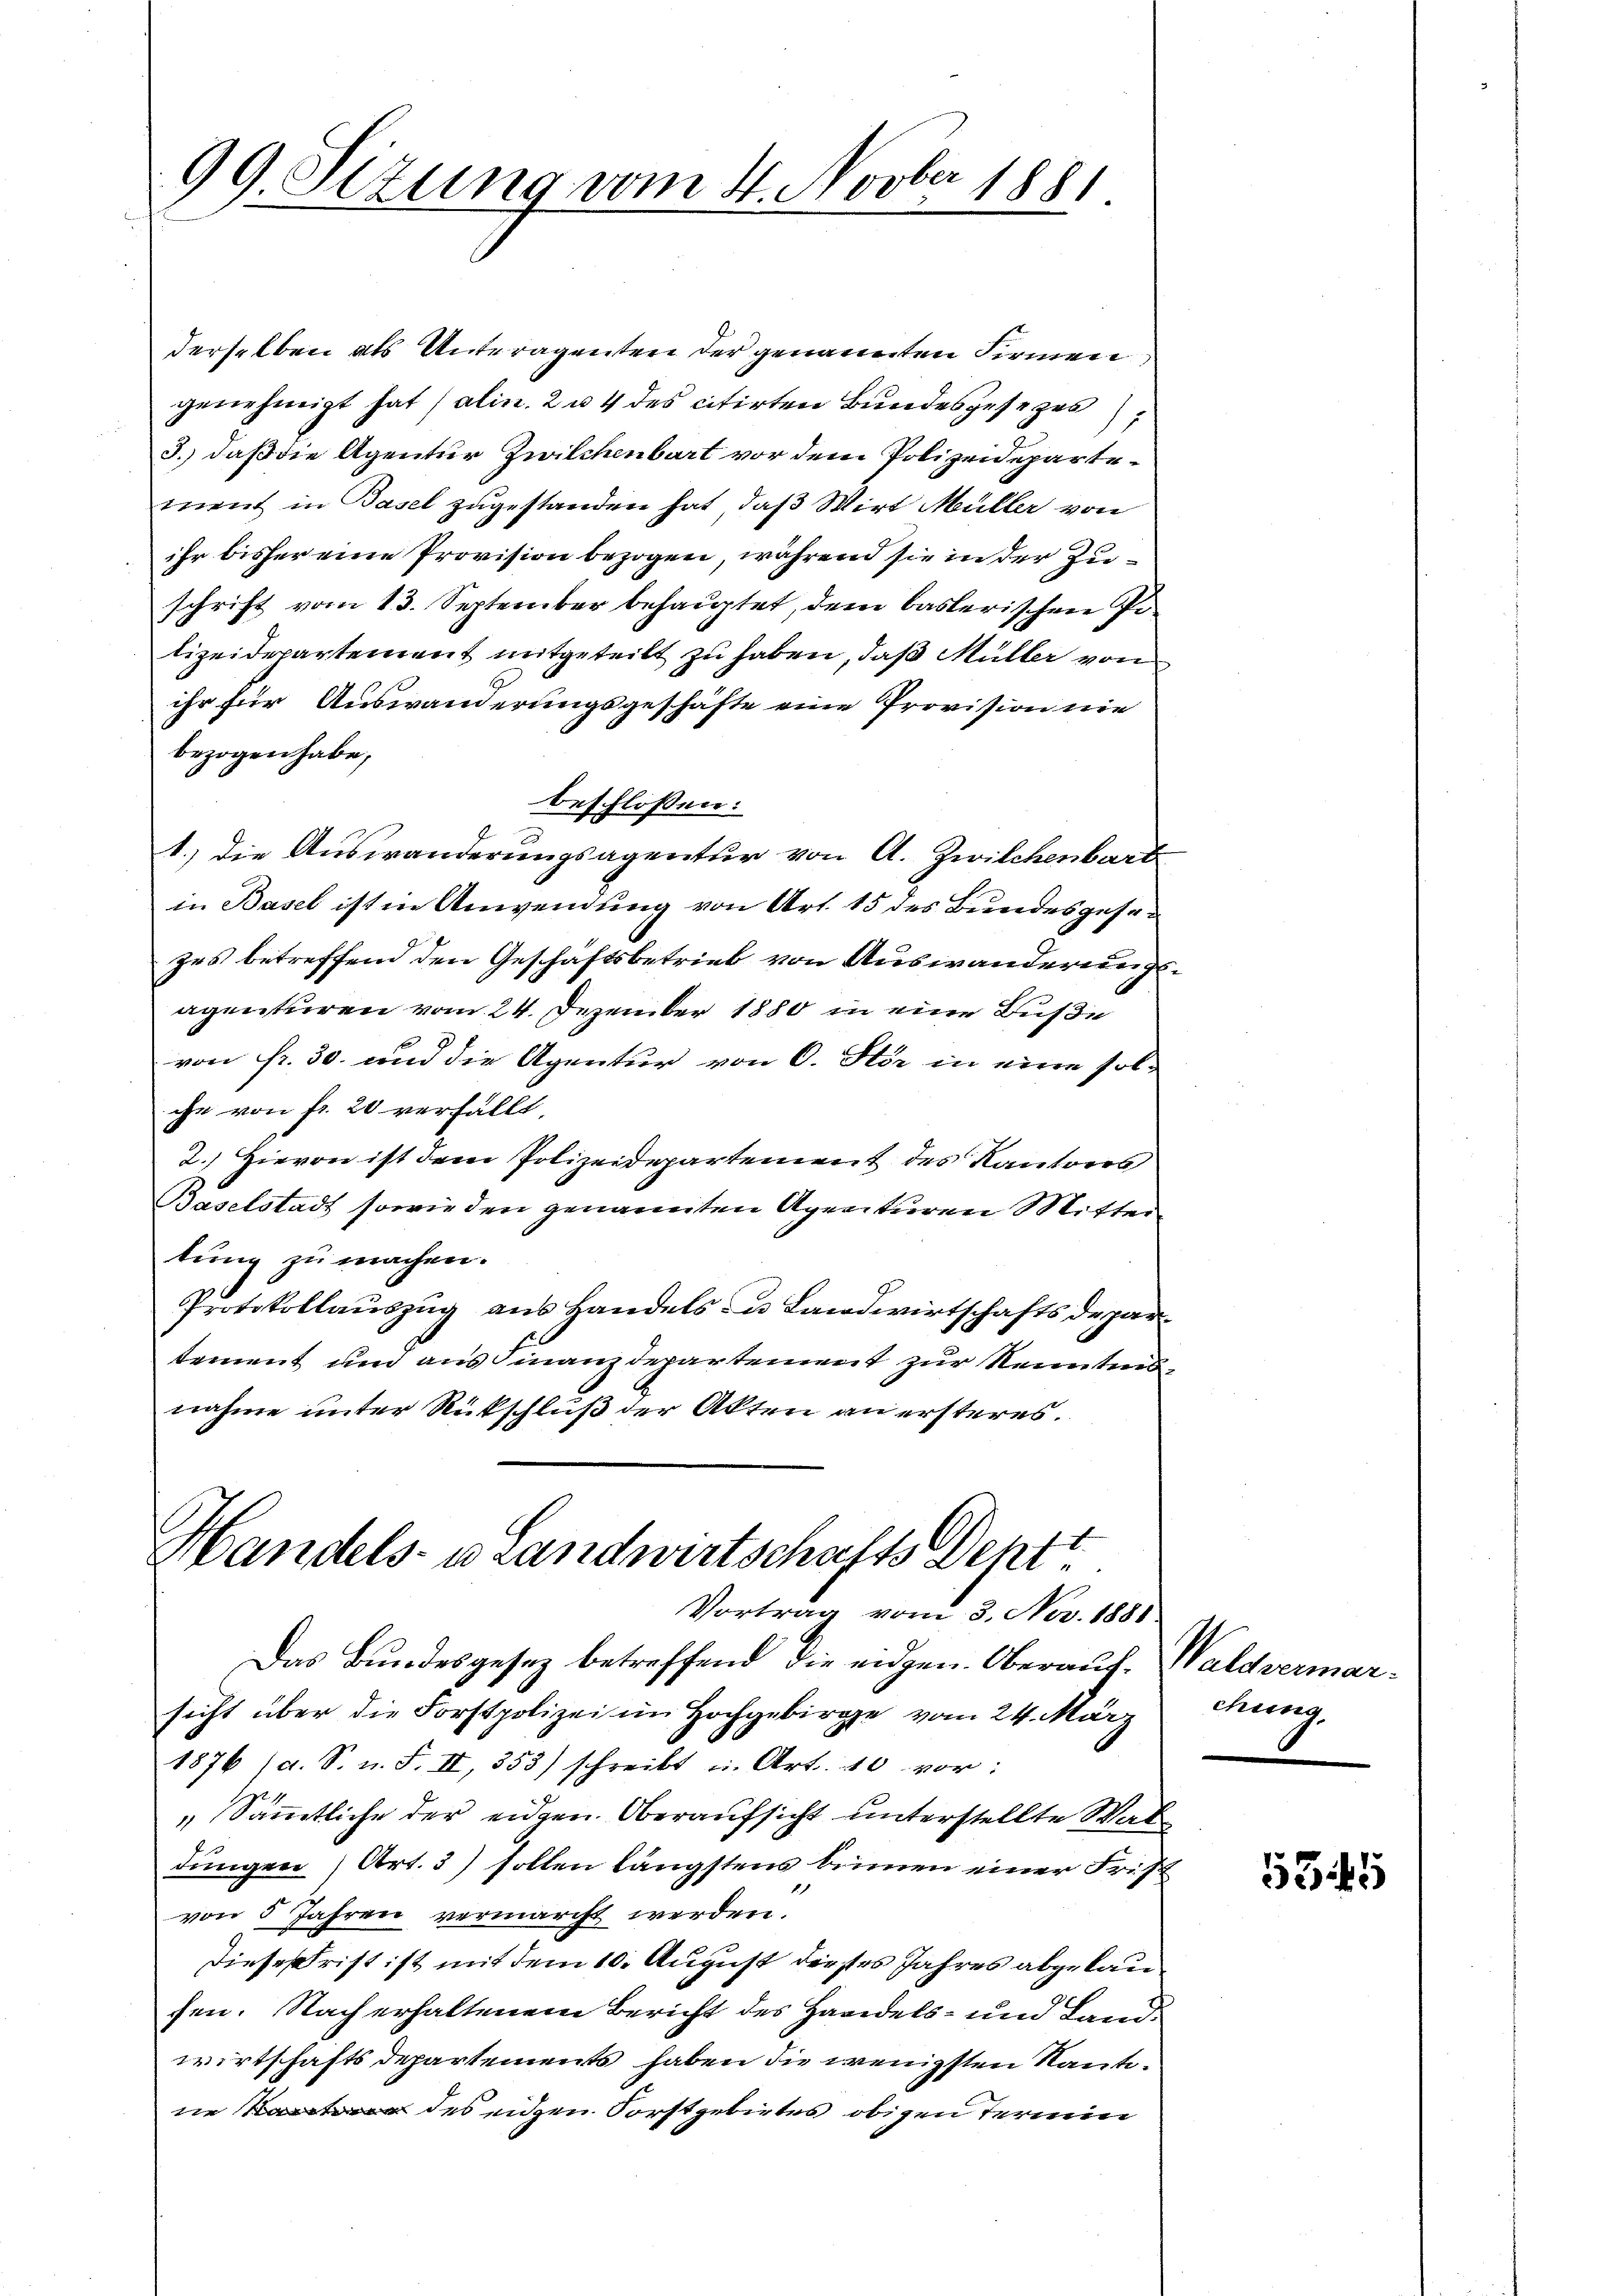
99. Sizung vom 4. Novber 1881

derselben als Unteragenten der genannten Firmen
genehmigt hat (alin. 2 u. 4 des citirten Bundesgesezes
3.) daß die Agentur Zwilchenbart vor dem Polizeidepartement in Basel zugestanden hat, daß Wirt Müller von
ihr bisher eine Provision bezogen, während sie in der Zuschrift vom 13. September behauptet, dem baslerischen Polizeidepartement mitgeteilt zu haben, daß Müller von
ihr für Auswanderungsgeschäfte eine Provision nie
bezogen habe,
beschloßen:
1.) die Auswanderungsagentur von A. Zwilchenbart
in Basel ist in Anwendung von Art. 15 des Bundesgesezes betreffend den Geschäftsbetrieb von Auswanderungsagenturen vom 24. Dezember 1880 in eine Buße
von Fr. 30. und die Agentur von 6. Stör in eine sol-
che von fr. 20 verfällt.
2.) Hievon ist dem Polizeidepartement des Kantons
Baselstadt sowie den genannten Agraturen Mitter
tung zu machen.
Protokollauszug aus Handels du Landwirtschaftsdeparternent und aus Finanzdepartement zur Kenntensnahme unter Rutschluß der Akten an ersteres.

Handels- u Landwirtschafts Dentt
Vortrag vom 3. Nov. 1881.

Das Bundesgesez betreffend die eidgen. Oberauf, Waldvermarsicht über die Forstpolizei im Hochgebirge vom 24. März chung,
1876 (d. S. n. F. II, 353) schreibt u. Art. 40 vor:
 Sämmtliche der eidgen. Oberaufsicht unterstellte Sac
dungen) Art. 3) sollen längstens binnen einer Frist
von 5 Jahren vermarcht werden.
Diesestrist ist mit dem 10. August derstes Jahres abgelausen. Nach erhaltenem Bericht des Handels- und Landwirtschafts Departements haben die wenigsten Kantine des eiden Forstgebietes obigen Termin

5345